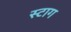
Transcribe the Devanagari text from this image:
स्टाग